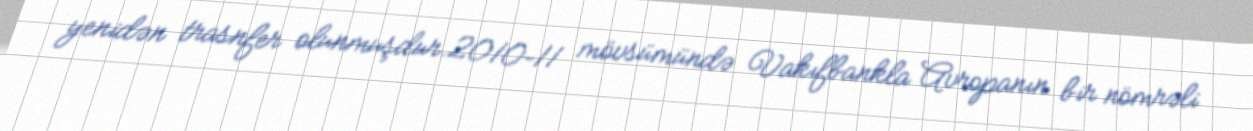
yenidən trasnfer olunmuşdur.2010–11 mövsümündə Vakıfbankla Avropanın bir nömrəli